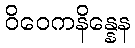
ဝိဝေကနိန္နေန